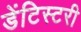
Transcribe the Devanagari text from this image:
डेंटिस्टरी